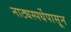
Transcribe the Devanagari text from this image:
नाट्यस्पर्धेपासून